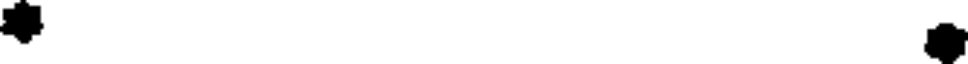
.